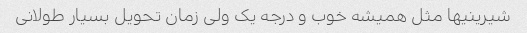
شیرینیها مثل همیشه خوب و درجه یک ولی زمان تحویل بسیار طولانی